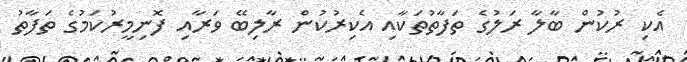
އެކި ރުކުން ބާލާ ރަލުގެ ތަފާތުތަކާއި އެކިރުކުން ރާލިބޭ ވަރާއި ފޮނިމީރުކަމުގެ ތަފާތު